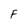
Character: F